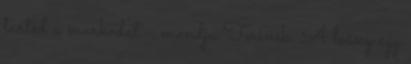
tartsd a markodat - mondja Terinek. A leány egy